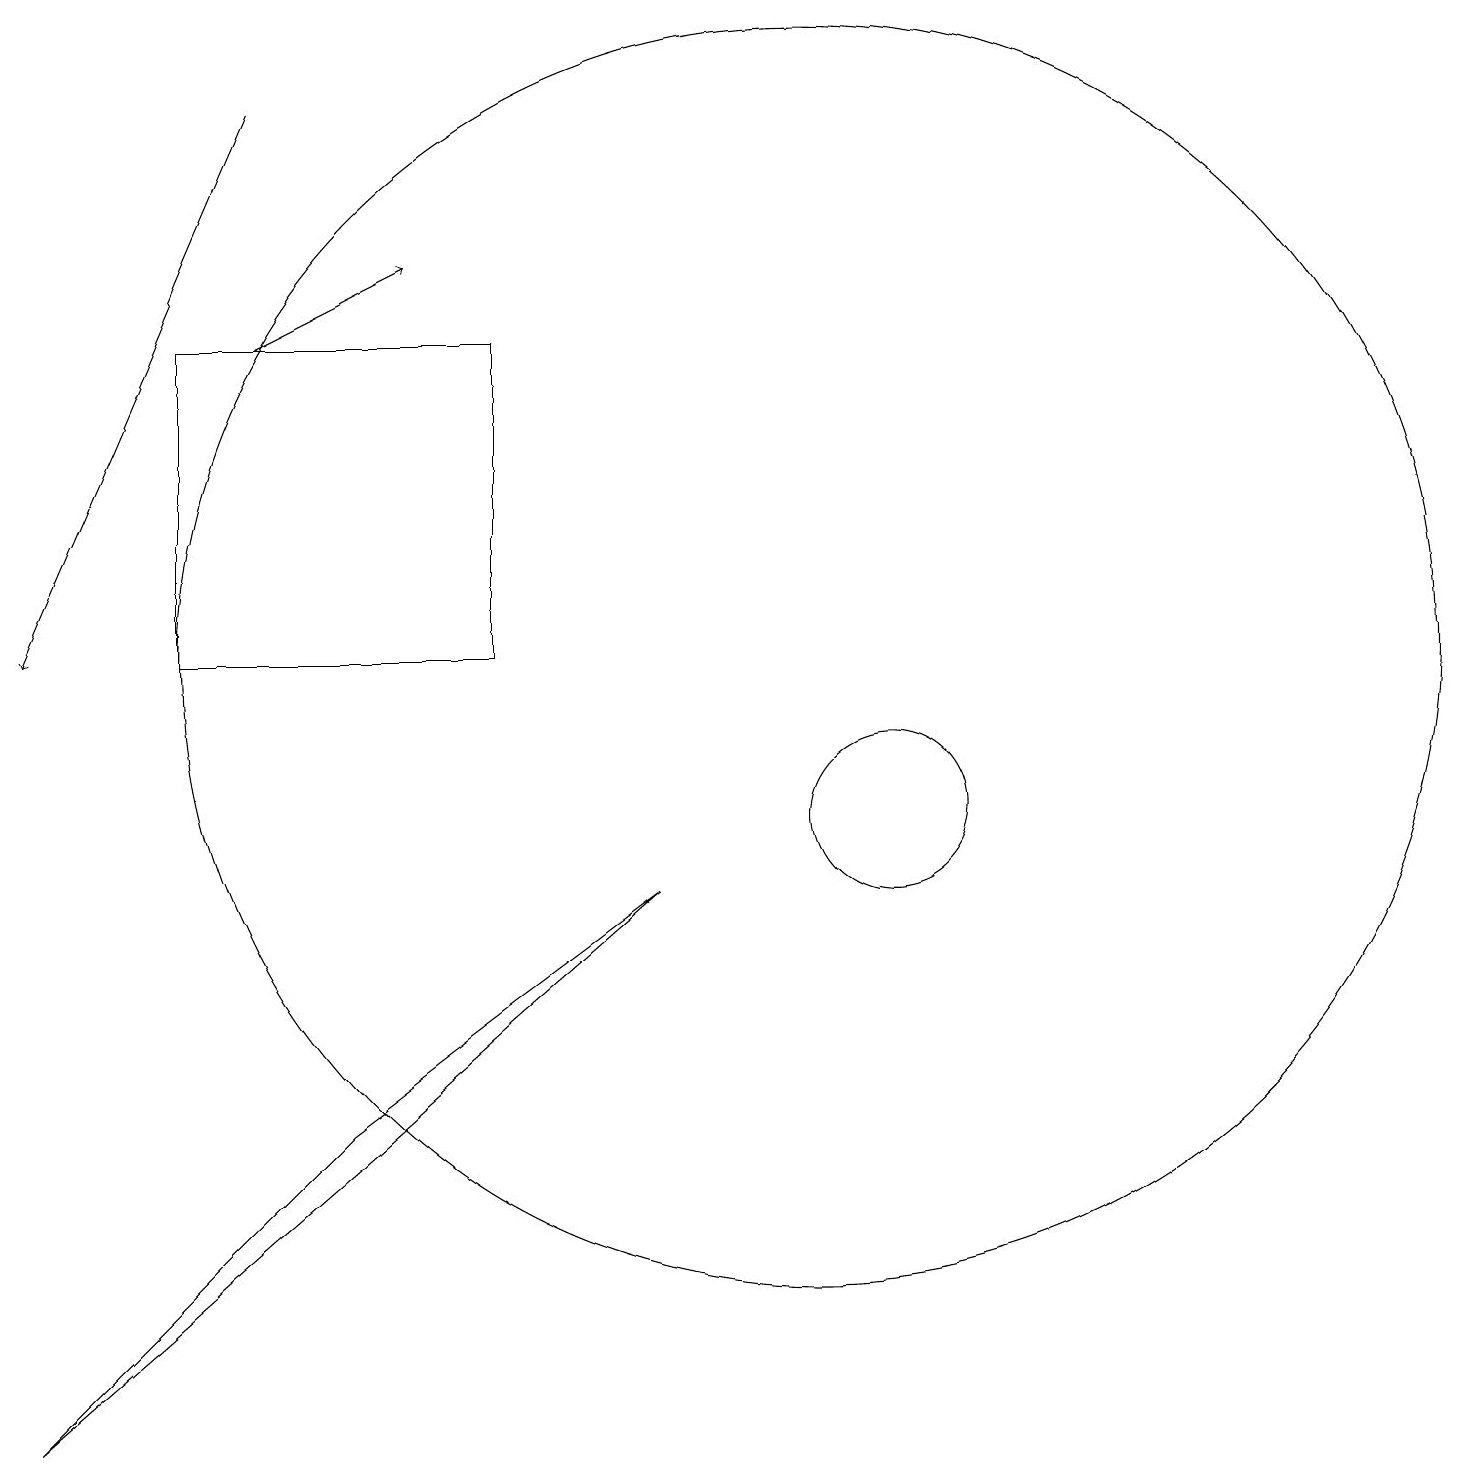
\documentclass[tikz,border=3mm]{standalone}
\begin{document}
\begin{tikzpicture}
\draw (8,9) -- (0,2) -- (4,6) -- cycle;
\draw[->] (3,16) -- (5,17);
\draw[->] (3,19) -- (0,12);
\draw (10,12) circle (8);
\draw (2,12) rectangle (6,16);
\draw (11,10) circle (1);
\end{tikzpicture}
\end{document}